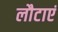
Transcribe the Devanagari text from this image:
लौटाएं